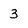
Character: 3